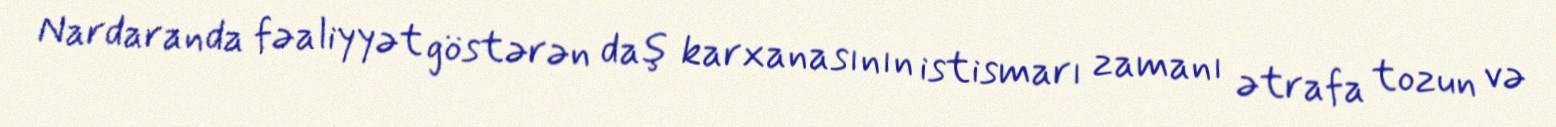
Nardaranda fəaliyyət göstərən daş karxanasının istismarı zamanı ətrafa tozun və